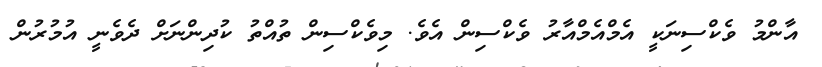
އާންމު ވެކްސިނަކީ އެމްއެމްއާރު ވެކްސިން އެވެ. މިވެކްސިން ތުއްތު ކުދިންނަށް ދެވެނީ އުމުރުން